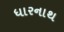
ધારનાથ